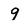
Character: 9